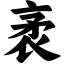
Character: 袤